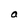
Character: a